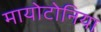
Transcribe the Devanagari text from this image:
मायोटोनिया